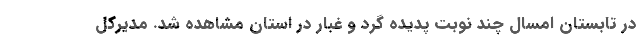
در تابستان امسال چند نوبت پدیده گرد و غبار در استان مشاهده شد. مدیرکل